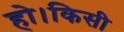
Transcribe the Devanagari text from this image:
हो।किसी